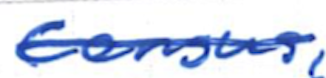
Text: Census,
Cross-out: single-line
Writing tool: ballpoint